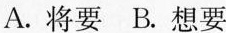
A.将要B.想要